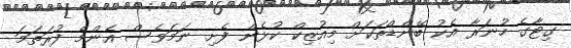
ގިޓާގެ ހުނަރާ އެކު ބޭންޑްތަކަށް މިއުޒިކް ކުޅެން ފެށި ނަމަވެސް އެންމެ ފުރަތަމަ